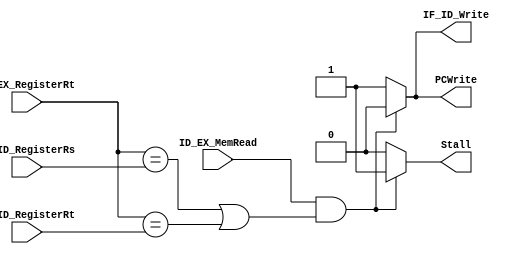
module HazardDetectionUnit(
    input ID_EX_MemRead, // if 1, indicats a load instruction.
    input [4:0] ID_EX_RegisterRt,
    input [4:0] IF_ID_RegisterRs,
    input [4:0] IF_ID_RegisterRt,
    output reg Stall,
    output reg PCWrite,
    output reg IF_ID_Write
);
initial begin
    Stall = 0;
    IF_ID_Write = 1;
    PCWrite = 1;
end
always@(*)
    begin
        PCWrite = 1;
        IF_ID_Write = 1;
        Stall = 0;
        if(ID_EX_MemRead && ((ID_EX_RegisterRt == IF_ID_RegisterRs) || (ID_EX_RegisterRt == IF_ID_RegisterRt)))
        begin
                Stall = 1;
                IF_ID_Write = 0;
                PCWrite = 0; // do stall
        end

    end

endmodule